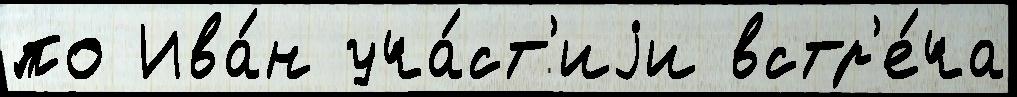
по Ива́н уча́ст'иjи встр'е́ча